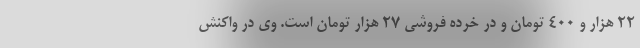
۲۲ هزار و ۴۰۰ تومان و در خرده فروشی ۲۷ هزار تومان است. وی در واکنش